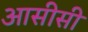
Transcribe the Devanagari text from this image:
आसीसी